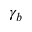
\gamma _ { b }